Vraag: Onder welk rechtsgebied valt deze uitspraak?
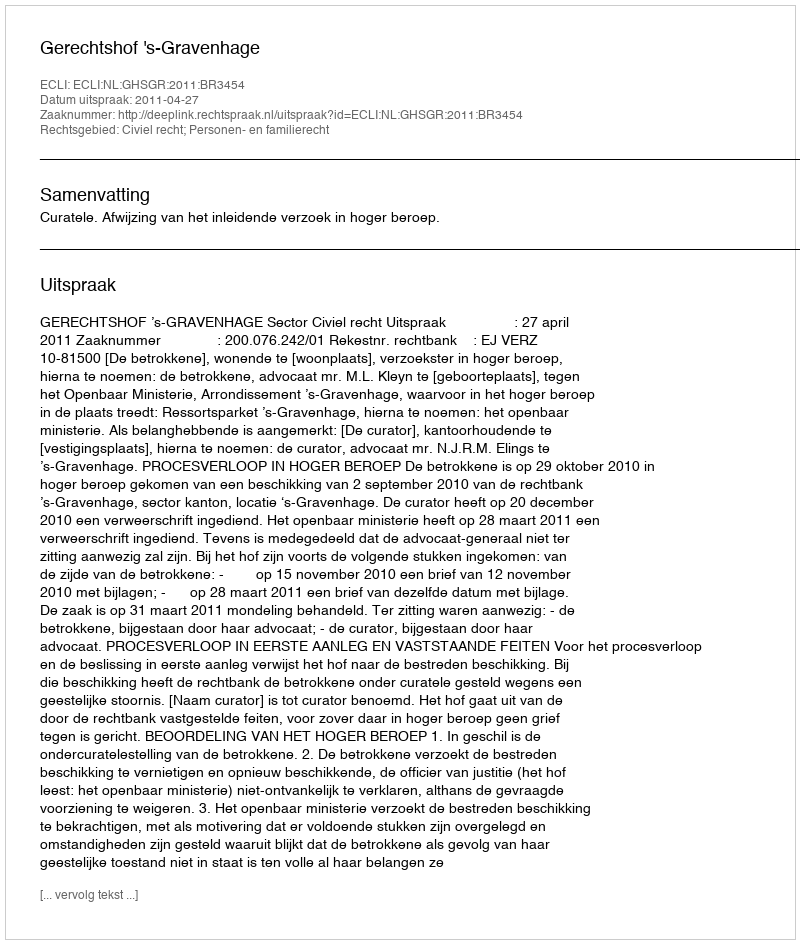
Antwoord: Civiel recht; Personen- en familierecht